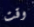
وقت